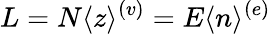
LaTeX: L=N\langle z\rangle^{(v)}=E\langle n\rangle^{(e)}